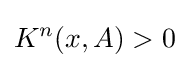
K^{n}(x,A)>0